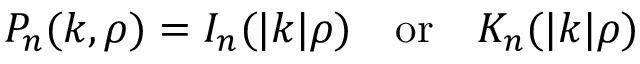
P _ { n } ( k , \rho ) = I _ { n } ( | k | \rho ) \, \, \, \, \, \, \mathrm { o r } \, \, \, \, \, \, K _ { n } ( | k | \rho )